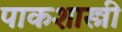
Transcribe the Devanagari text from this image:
पाकशास्त्री